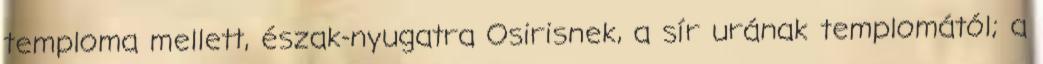
temploma mellett, észak-nyugatra Osirisnek, a sír urának templomától; a